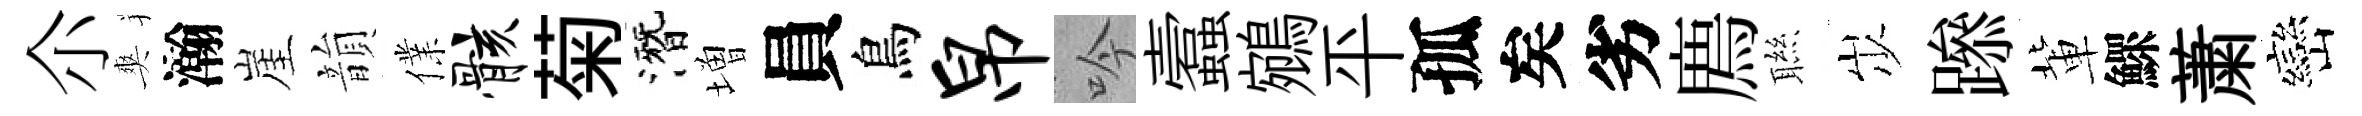
尒爽瀚崖韻㒒骸菊潛増員鳥帛吟蠧鵷平孤矣劣廌聮𡵯𨅶軰鰥䔥巒